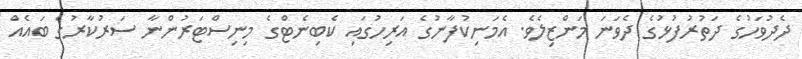
ދެދުވަހުގެ ދަތުރުފުޅުގެ ދެވަނަ މަންޒިލެވެ. އެމަނިކުފާނުގެ އަރިހުގައި ކެބިނެޓްގެ މިނިސްޓަރުންނާ ސަރުކާރުގެ ބައެއް